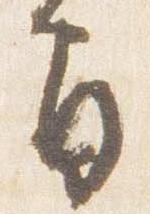
間